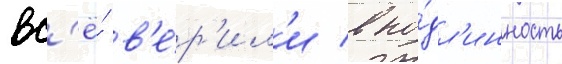
вс'ё́ в'е́р'ил'и в по́дл'инность